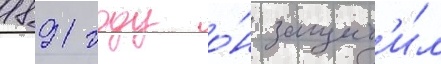
1891 году о́н защит'и́л